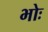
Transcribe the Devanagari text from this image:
भोः